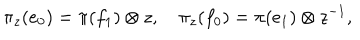
\pi _ { z } ( e _ { 0 } ) = \pi ( f _ { 1 } ) \otimes z , \quad \pi _ { z } ( f _ { 0 } ) = \pi ( e _ { 1 } ) \otimes z ^ { - 1 } ,